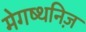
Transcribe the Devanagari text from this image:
मेगष्थनिज़